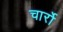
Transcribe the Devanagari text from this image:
चार्रो